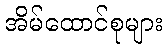
အိမ်ထောင်စုများ